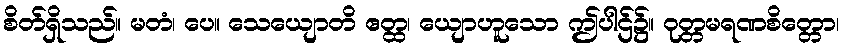
စိတ်ရှိသည်။ မတံ၊ ပေ။ သေယျောတိ ဧတ္ထ၊ ယျောဟူသော ဤပါဌ်၌။ ဝုတ္တမရဏစိတ္တော၊